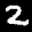
Label: 2